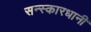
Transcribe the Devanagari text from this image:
सन्स्कारधानी